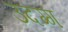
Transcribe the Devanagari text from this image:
उदग्ग